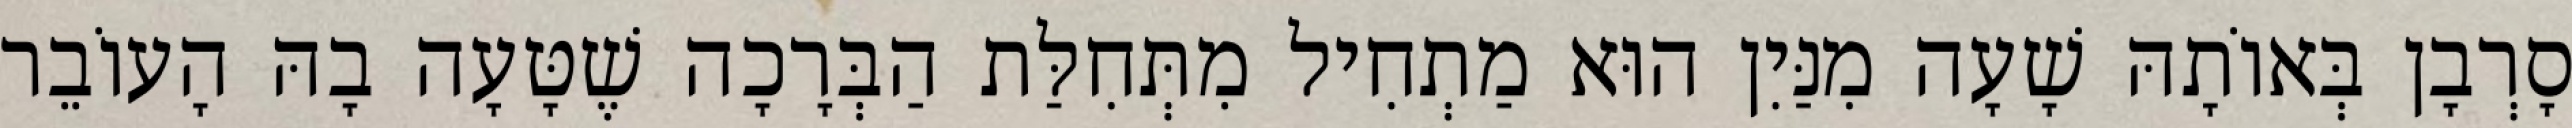
סָרְבָן בְּאוֹתָהּ שָׁעָה מִנַּיִן הוּא מַתְחִיל מִתְּחִלַּת הַבְּרָכָה שֶׁטָּעָה בָהּ הָעוֹבֵר